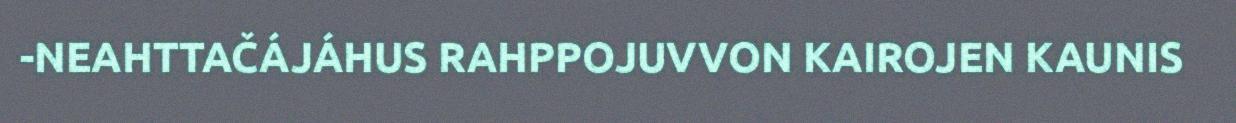
-NEAHTTAČÁJÁHUS RAHPPOJUVVON KAIROJEN KAUNIS